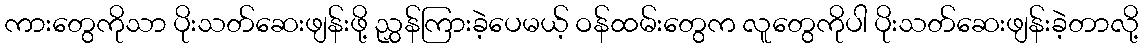
ကားတွေကိုသာ ပိုးသတ်ဆေးဖျန်းဖို့ ညွှန်ကြားခဲ့ပေမယ့် ဝန်ထမ်းတွေက လူတွေကိုပါ ပိုးသတ်ဆေးဖျန်းခဲ့တာလို့